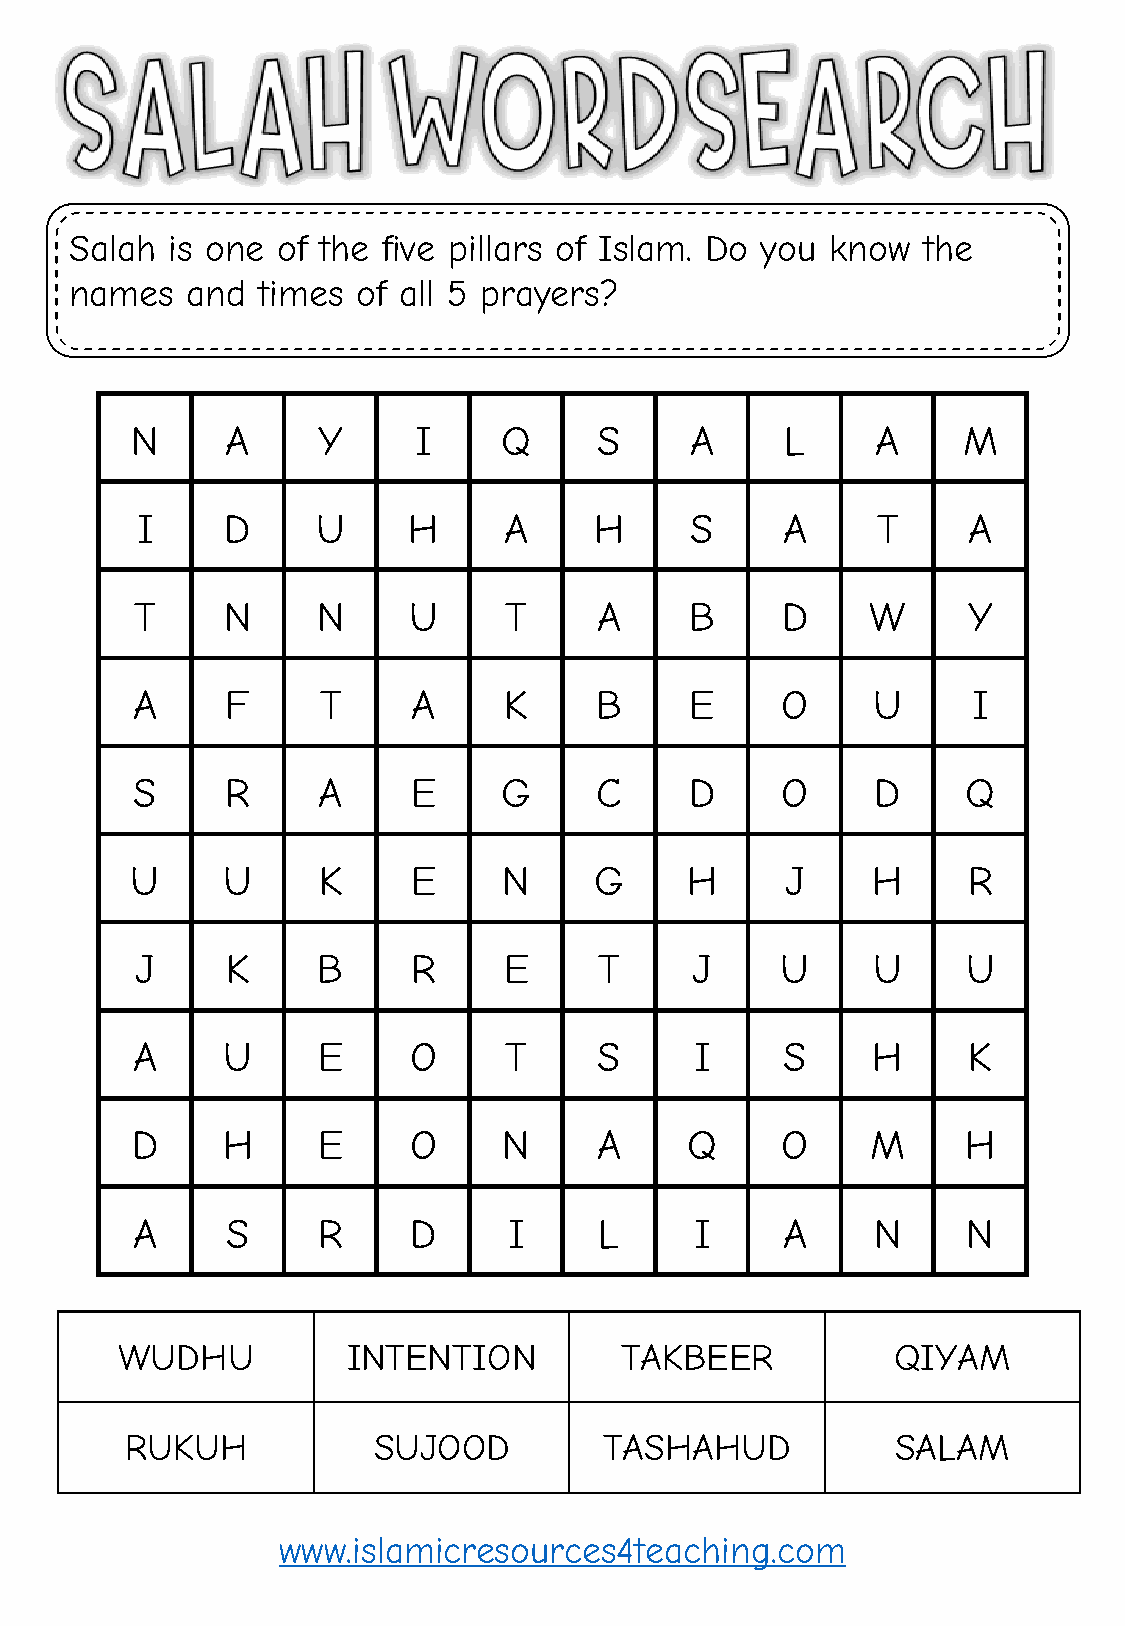
Salah is one of the five pillars of Islam. Do you know  the
 names  and  times  of all 5 prayers?
 N     A     Y     I     Q      S     A     L     A     M
 I     D     U     H     A     H      S     A     T     A
 T     N     N     U     T      A     B     D     W     Y
 A     F     T     A     K     B      E     O     U     I
 S     R     A     E     G     C      D     O     D     Q
 U     U     K     E     N     G     H      J     H     R
 J     K     B     R     E      T     J     U     U     U
 A     U     E     O     T      S     I     S     H     K
 D     H     E     O     N      A    Q      O     M     H
 A     S     R     D      I     L     I     A     N     N
 WUDHU          INTENTION         TAKBEER           QIYAM
 RUKUH            SUJOOD         TASHAHUD           SALAM
 www.islamicresources4teaching.com